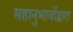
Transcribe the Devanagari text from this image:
महानुभावोंद्वारा